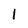
Character: 1